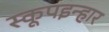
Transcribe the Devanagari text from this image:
स्कूपइन्हार